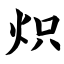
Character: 炽